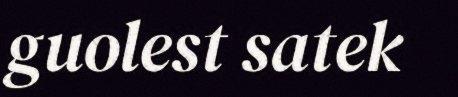
guolest satek